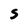
Character: S